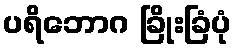
ပရိဘောဂ ခြိုးခြံပုံ